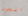
الجرد